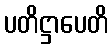
ပတိဋ္ဌာပေတိ